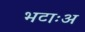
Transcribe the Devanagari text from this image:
भटाःअ